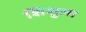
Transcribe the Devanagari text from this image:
शिशुला